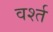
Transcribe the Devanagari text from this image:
वर्श्त